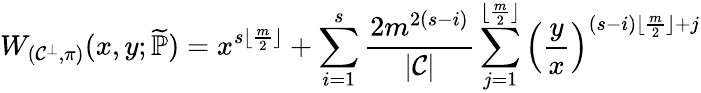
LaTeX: W_{(\mathcal{C}^{\bot},\pi)}(x,y;\widetilde{\mathbb{P}})=x^{s\lfloor\frac{m}{2}\rfloor}+\sum_{i=1}^{s}\frac{2m^{2(s-i)}}{|\mathcal{C}|}\sum_{j=1}^{\lfloor\frac{m}{2}\rfloor}\left(\frac{y}{x}\right)^{(s-i)\lfloor\frac{m}{2}\rfloor+j}